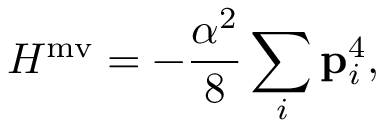
H ^ { \mathrm { m v } } = - \frac { \alpha ^ { 2 } } { 8 } \sum _ { i } \mathbf { p } _ { i } ^ { 4 } ,